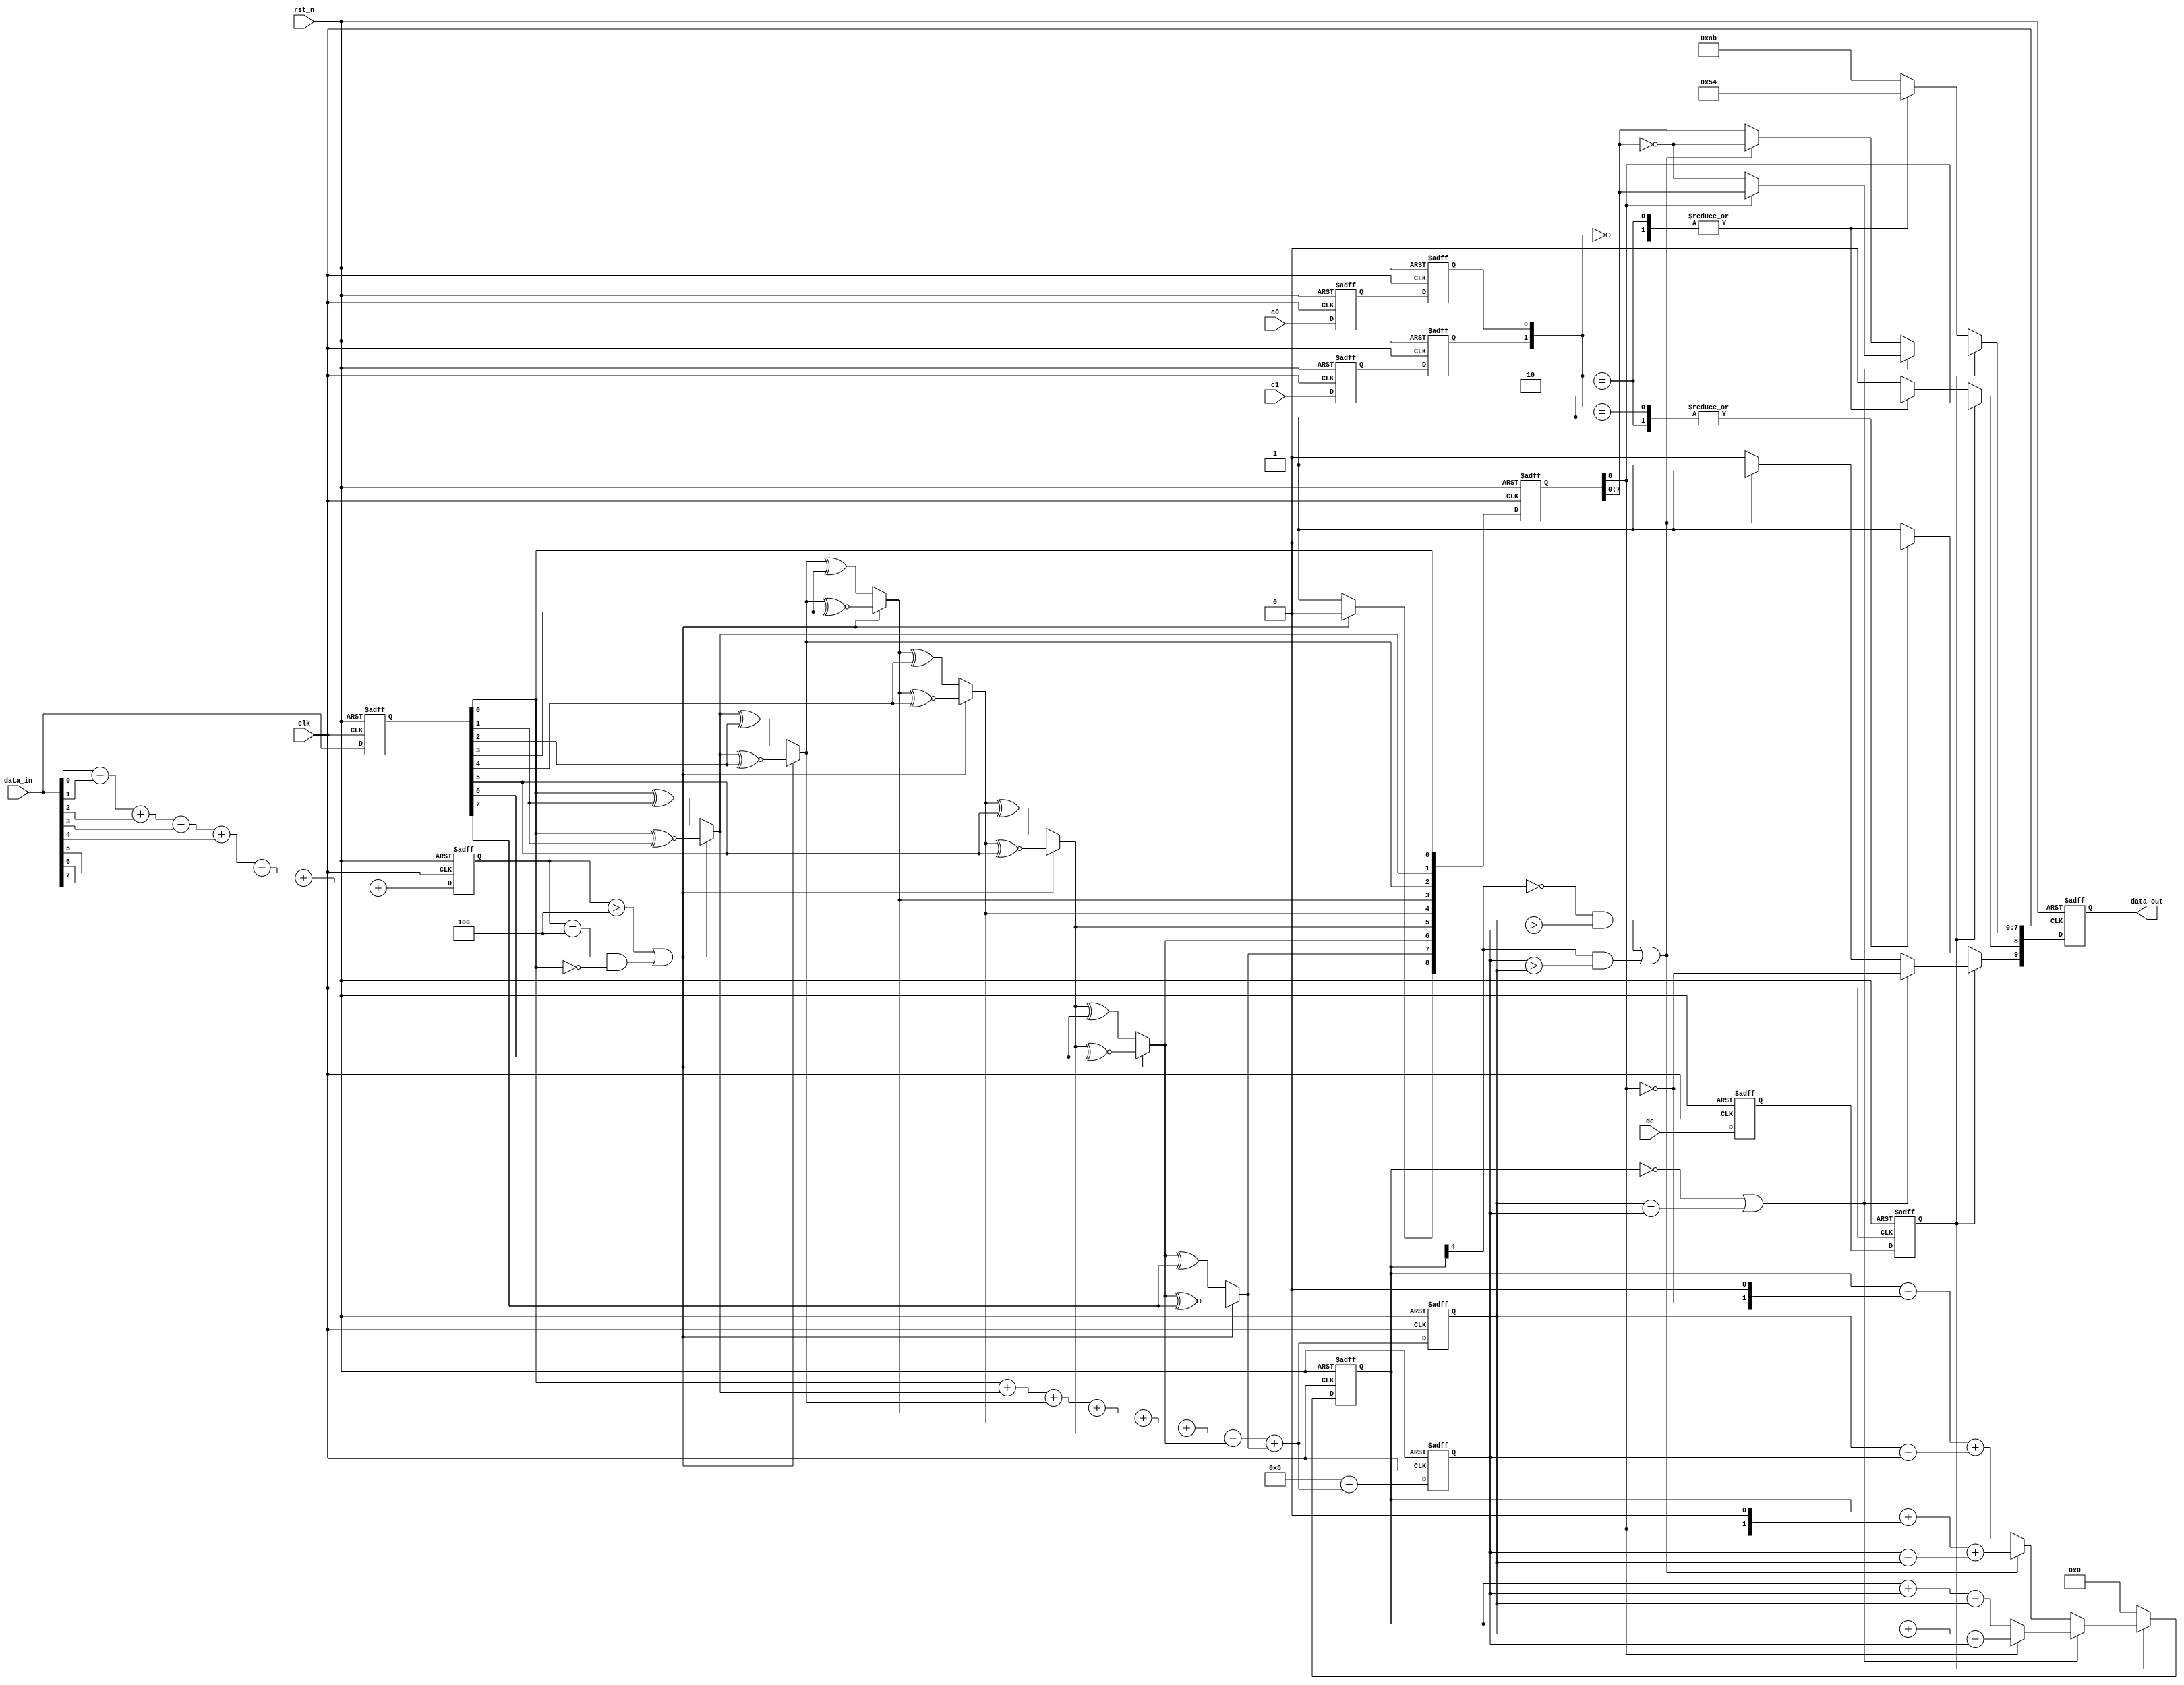
// This program was cloned from: https://github.com/michaelliao/learn-verilog
// License: GNU General Public License v3.0

// tdms encode

module encode (
    input clk,
    input rst_n,
    input c0,
    input c1,
    input de,
    input [7:0] data_in,
    output reg [9:0] data_out
);

    wire condition_1;
    wire condition_2;
    wire condition_3;
    wire [8:0] q_m;

    reg [3:0] data_in_n1;
    reg [7:0] data_in_reg;
    reg [3:0] q_m_n1;
    reg [3:0] q_m_n0;
    reg [4:0] cnt;
    reg de_reg1;
    reg de_reg2;
    reg c0_reg1;
    reg c0_reg2;
    reg c1_reg1;
    reg c1_reg2;
    reg [8:0] q_m_reg;

    always @ (posedge clk or negedge rst_n) begin
        if (! rst_n) begin
            data_in_n1 <= 4'd0;
        end else begin
            data_in_n1 <= data_in[0] + data_in[1] + data_in[2] + data_in[3] + data_in[4] + data_in[5] + data_in[6] + data_in[7];
        end
    end

    always @ (posedge clk or negedge rst_n) begin
        if (! rst_n) begin
            data_in_reg <= 8'b0;
        end else begin
            data_in_reg <= data_in;
        end
    end

    assign condition_1 = ((data_in_n1 > 4'd4) || ((data_in_n1 == 4'd4) && (data_in_reg[0] == 1'b0)));

    assign q_m[0] = data_in_reg[0];
    assign q_m[1] = (condition_1) ? (q_m[0] ^~ data_in_reg[1]) : (q_m[0] ^ data_in_reg[1]);
    assign q_m[2] = (condition_1) ? (q_m[1] ^~ data_in_reg[2]) : (q_m[1] ^ data_in_reg[2]);
    assign q_m[3] = (condition_1) ? (q_m[2] ^~ data_in_reg[3]) : (q_m[2] ^ data_in_reg[3]);
    assign q_m[4] = (condition_1) ? (q_m[3] ^~ data_in_reg[4]) : (q_m[3] ^ data_in_reg[4]);
    assign q_m[5] = (condition_1) ? (q_m[4] ^~ data_in_reg[5]) : (q_m[4] ^ data_in_reg[5]);
    assign q_m[6] = (condition_1) ? (q_m[5] ^~ data_in_reg[6]) : (q_m[5] ^ data_in_reg[6]);
    assign q_m[7] = (condition_1) ? (q_m[6] ^~ data_in_reg[7]) : (q_m[6] ^ data_in_reg[7]);
    assign q_m[8] = (condition_1) ? 1'b0 : 1'b1;

    always@(posedge clk or negedge rst_n) begin
        if (! rst_n) begin
            q_m_n1 <= 4'd0;
            q_m_n0 <= 4'd0;
        end else begin
            q_m_n1 <= q_m[0] + q_m[1] + q_m[2] + q_m[3] + q_m[4] + q_m[5] + q_m[6] + q_m[7];
            q_m_n0 <= 4'd8 - (q_m[0] + q_m[1] + q_m[2] + q_m[3] + q_m[4] + q_m[5] + q_m[6] + q_m[7]);
        end
    end

    assign condition_2 = ((cnt == 5'd0) || (q_m_n1 == q_m_n0));

    assign condition_3 = (((~cnt[4] == 1'b1) && (q_m_n1 > q_m_n0)) || ((cnt[4] == 1'b1) && (q_m_n0 > q_m_n1)));

    always @ (posedge clk or negedge rst_n) begin
        if (! rst_n) begin
            de_reg1 <= 1'b0;
            de_reg2 <= 1'b0;
            c0_reg1 <= 1'b0;
            c0_reg2 <= 1'b0;
            c1_reg1 <= 1'b0;
            c1_reg2 <= 1'b0;
            q_m_reg <= 9'b0;
        end else begin
            de_reg1 <= de;
            de_reg2 <= de_reg1;
            c0_reg1 <= c0;
            c0_reg2 <= c0_reg1;
            c1_reg1 <= c1;
            c1_reg2 <= c1_reg1;
            q_m_reg <= q_m;
        end
    end

    always @ (posedge clk or negedge rst_n) begin
        if (! rst_n) begin
            data_out <= 10'b0;
            cnt <= 5'b0;
        end else begin
            if (de_reg2 == 1'b1) begin
                if (condition_2 == 1'b1) begin
                    data_out[9] <= ~q_m_reg[8]; 
                    data_out[8] <= q_m_reg[8]; 
                    data_out[7:0] <= (q_m_reg[8]) ? q_m_reg[7:0] : ~q_m_reg[7:0];
                    cnt <= (~q_m_reg[8]) ? (cnt + q_m_n0 - q_m_n1) : (cnt + q_m_n1 - q_m_n0);
                end else begin
                    if (condition_3 == 1'b1) begin
                        data_out[9] <= 1'b1;
                        data_out[8] <= q_m_reg[8];
                        data_out[7:0] <= ~q_m_reg[7:0];
                        cnt <=  cnt + {q_m_reg[8], 1'b0} + (q_m_n0 - q_m_n1);
                    end else begin
                        data_out[9] <= 1'b0;
                        data_out[8] <= q_m_reg[8];
                        data_out[7:0] <= q_m_reg[7:0];
                        cnt <= cnt - {~q_m_reg[8], 1'b0} + (q_m_n1 - q_m_n0);
                    end
                end
            end else begin
                case ({c1_reg2, c0_reg2})
                    2'b00:   data_out <= 10'b1101010100;
                    2'b01:   data_out <= 10'b0010101011;
                    2'b10:   data_out <= 10'b0101010100;
                    default: data_out <= 10'b1010101011;
                endcase
                cnt <= 5'b0;
            end
        end
    end
endmodule